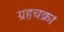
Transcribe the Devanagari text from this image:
ग्रहचक्र।